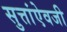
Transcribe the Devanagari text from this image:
सुत्तांऐवजी